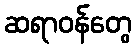
ဆရာဝန်တွေ